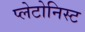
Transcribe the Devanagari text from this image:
प्लेटोनिस्ट